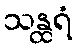
သန္ထရံ